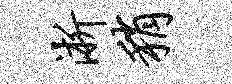
淅稍